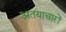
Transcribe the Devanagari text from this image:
अतयाचारों